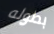
بطوله